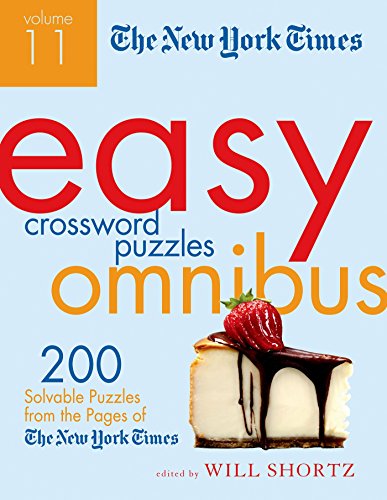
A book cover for The New York Times Easy Crossword Puzzle Omnibus Volume 11: 200 Solvable Puzzles from the Pages of The New York Times; Humor & Entertainment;